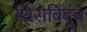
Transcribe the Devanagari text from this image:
शिरोबिंदुंचे